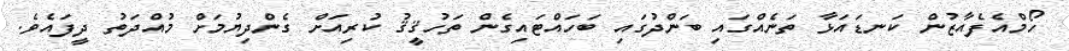
ހޯމްއެފެއާޒުން ކަނޑައަޅާ ތަނެއްގައި ބަންދުގައި ބަހައްޓައިގެން ތަހުޤީޤު ކުރިއަށް ގެންދިޔުމަށް މުއްދަތު ދީފައެވެ.